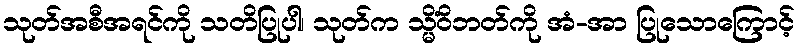
သုတ်အစီအရင်ကို သတိပြုပါ၊ သုတ်က သ္မိံဝိဘတ်ကို အံ-အာ ပြုသောကြောင့်